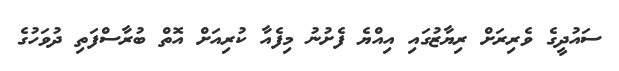
ސައުދީގެ ވެރިރަށް ރިޔާޒުގައި އިއްޔެ ފެށުނު މިފެއާ ކުރިއަށް އޮތް ބުރާސްފަތި ދުވަހުގެ